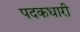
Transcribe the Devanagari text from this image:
पदकधारी